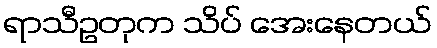
ရာသီဥတုက သိပ် အေးနေတယ်